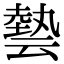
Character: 㙯